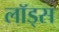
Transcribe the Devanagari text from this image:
लॉड्स